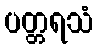
ပတ္တရသံ